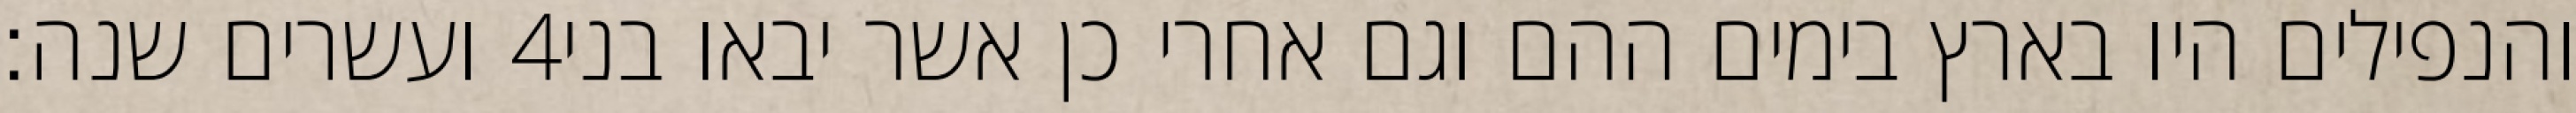
ועשרים שנה׃ ‎4‏ והנפילים היו בארץ בימים ההם וגם אחרי כן אשר יבאו בני